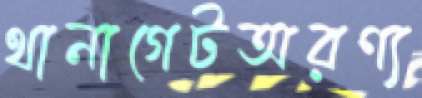
থানাগেটঅরণ্য